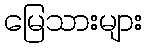
မြေသားများ